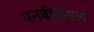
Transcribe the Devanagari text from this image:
एनबीडीएल